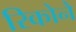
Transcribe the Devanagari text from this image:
रिकोने